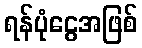
ရန်ပုံငွေအဖြစ်